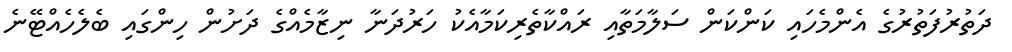
ދަތުރުފަތުރުގެ އެންމެހައި ކަންކަން ސަލާމަތާއި ރައްކާތެރިކަމާއެކު ހަރުދަނާ ނިޒާމެއްގެ ދަށުން ހިންގައި ބެލެހެއްޓޭނެ